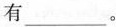
有___。